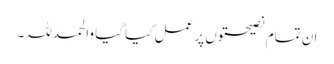
ان تمام نصیحتوں پر عمل کیا گیا والحمدللہ۔